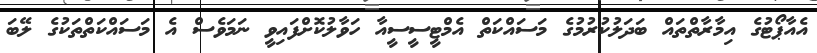
އެއާޕޯޓުގެ އިމާރާާތްތައް ބަދަލުކުރުމުގެ މަސައްކަތް އެމްޓީސީސީއާ ހަވާލުކޮށްފައިވީ ނަމަވެސް އެ މަސައްކަތްތަކުގެ ލޭބަ